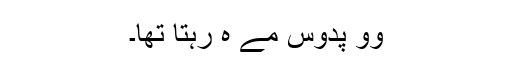
وو پدوس مے ہِ رہتا تھا۔